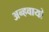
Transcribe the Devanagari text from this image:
अन्‍हवायो